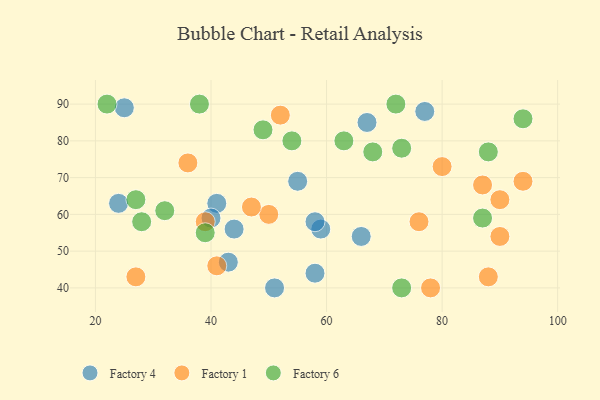
{"axis": {"x": "GDP", "y": "Life Expectancy"}, "legend": ["Factory 1", "Factory 4", "Factory 6"], "data": [{"x": "44", "y": 56, "type": "Factory 4"}, {"x": "25", "y": 89, "type": "Factory 4"}, {"x": "51", "y": 40, "type": "Factory 4"}, {"x": "55", "y": 69, "type": "Factory 4"}, {"x": "66", "y": 54, "type": "Factory 4"}, {"x": "41", "y": 63, "type": "Factory 4"}, {"x": "43", "y": 47, "type": "Factory 4"}, {"x": "59", "y": 56, "type": "Factory 4"}, {"x": "40", "y": 59, "type": "Factory 4"}, {"x": "67", "y": 85, "type": "Factory 4"}, {"x": "58", "y": 44, "type": "Factory 4"}, {"x": "24", "y": 63, "type": "Factory 4"}, {"x": "58", "y": 58, "type": "Factory 4"}, {"x": "77", "y": 88, "type": "Factory 4"}, {"x": "90", "y": 54, "type": "Factory 1"}, {"x": "39", "y": 58, "type": "Factory 1"}, {"x": "90", "y": 64, "type": "Factory 1"}, {"x": "80", "y": 73, "type": "Factory 1"}, {"x": "87", "y": 68, "type": "Factory 1"}, {"x": "41", "y": 46, "type": "Factory 1"}, {"x": "88", "y": 43, "type": "Factory 1"}, {"x": "78", "y": 40, "type": "Factory 1"}, {"x": "76", "y": 58, "type": "Factory 1"}, {"x": "52", "y": 87, "type": "Factory 1"}, {"x": "27", "y": 43, "type": "Factory 1"}, {"x": "50", "y": 60, "type": "Factory 1"}, {"x": "47", "y": 62, "type": "Factory 1"}, {"x": "94", "y": 69, "type": "Factory 1"}, {"x": "36", "y": 74, "type": "Factory 1"}, {"x": "88", "y": 77, "type": "Factory 6"}, {"x": "38", "y": 90, "type": "Factory 6"}, {"x": "54", "y": 80, "type": "Factory 6"}, {"x": "94", "y": 86, "type": "Factory 6"}, {"x": "27", "y": 64, "type": "Factory 6"}, {"x": "63", "y": 80, "type": "Factory 6"}, {"x": "72", "y": 90, "type": "Factory 6"}, {"x": "73", "y": 78, "type": "Factory 6"}, {"x": "49", "y": 83, "type": "Factory 6"}, {"x": "73", "y": 40, "type": "Factory 6"}, {"x": "22", "y": 90, "type": "Factory 6"}, {"x": "28", "y": 58, "type": "Factory 6"}, {"x": "87", "y": 59, "type": "Factory 6"}, {"x": "68", "y": 77, "type": "Factory 6"}, {"x": "32", "y": 61, "type": "Factory 6"}, {"x": "39", "y": 55, "type": "Factory 6"}]}